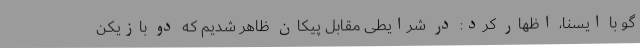
گو با ایسنا، اظهار کرد: در شرایطی مقابل پیکان ظاهر شدیم که دو بازیکن